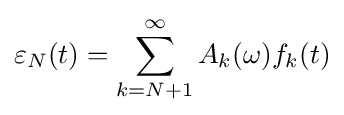
\varepsilon _{N}(t)=\sum _{k=N+1}^{\infty }A_{k}(\omega )f_{k}(t)